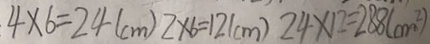
4 \times 6 = 2 4 ( c m ) 2 \times 6 = 1 2 ( c m ) 2 4 \times 1 2 = 2 8 8 ( c m ^ { 2 } )